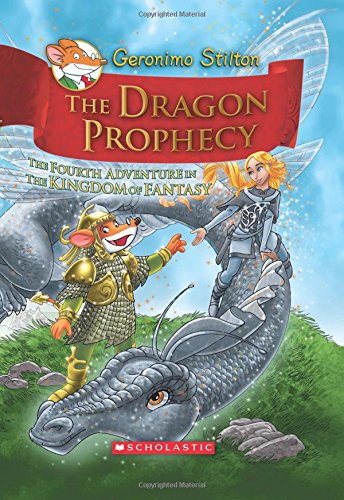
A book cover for The Dragon Prophecy (Geronimo Stilton and the Kingdom of Fantasy, No.4); Geronimo Stilton; Children's Books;